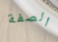
الصفة